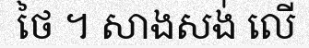
ថៃ ។ សាងសង់ លើ